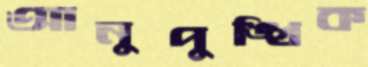
আনুপুঙ্খিক